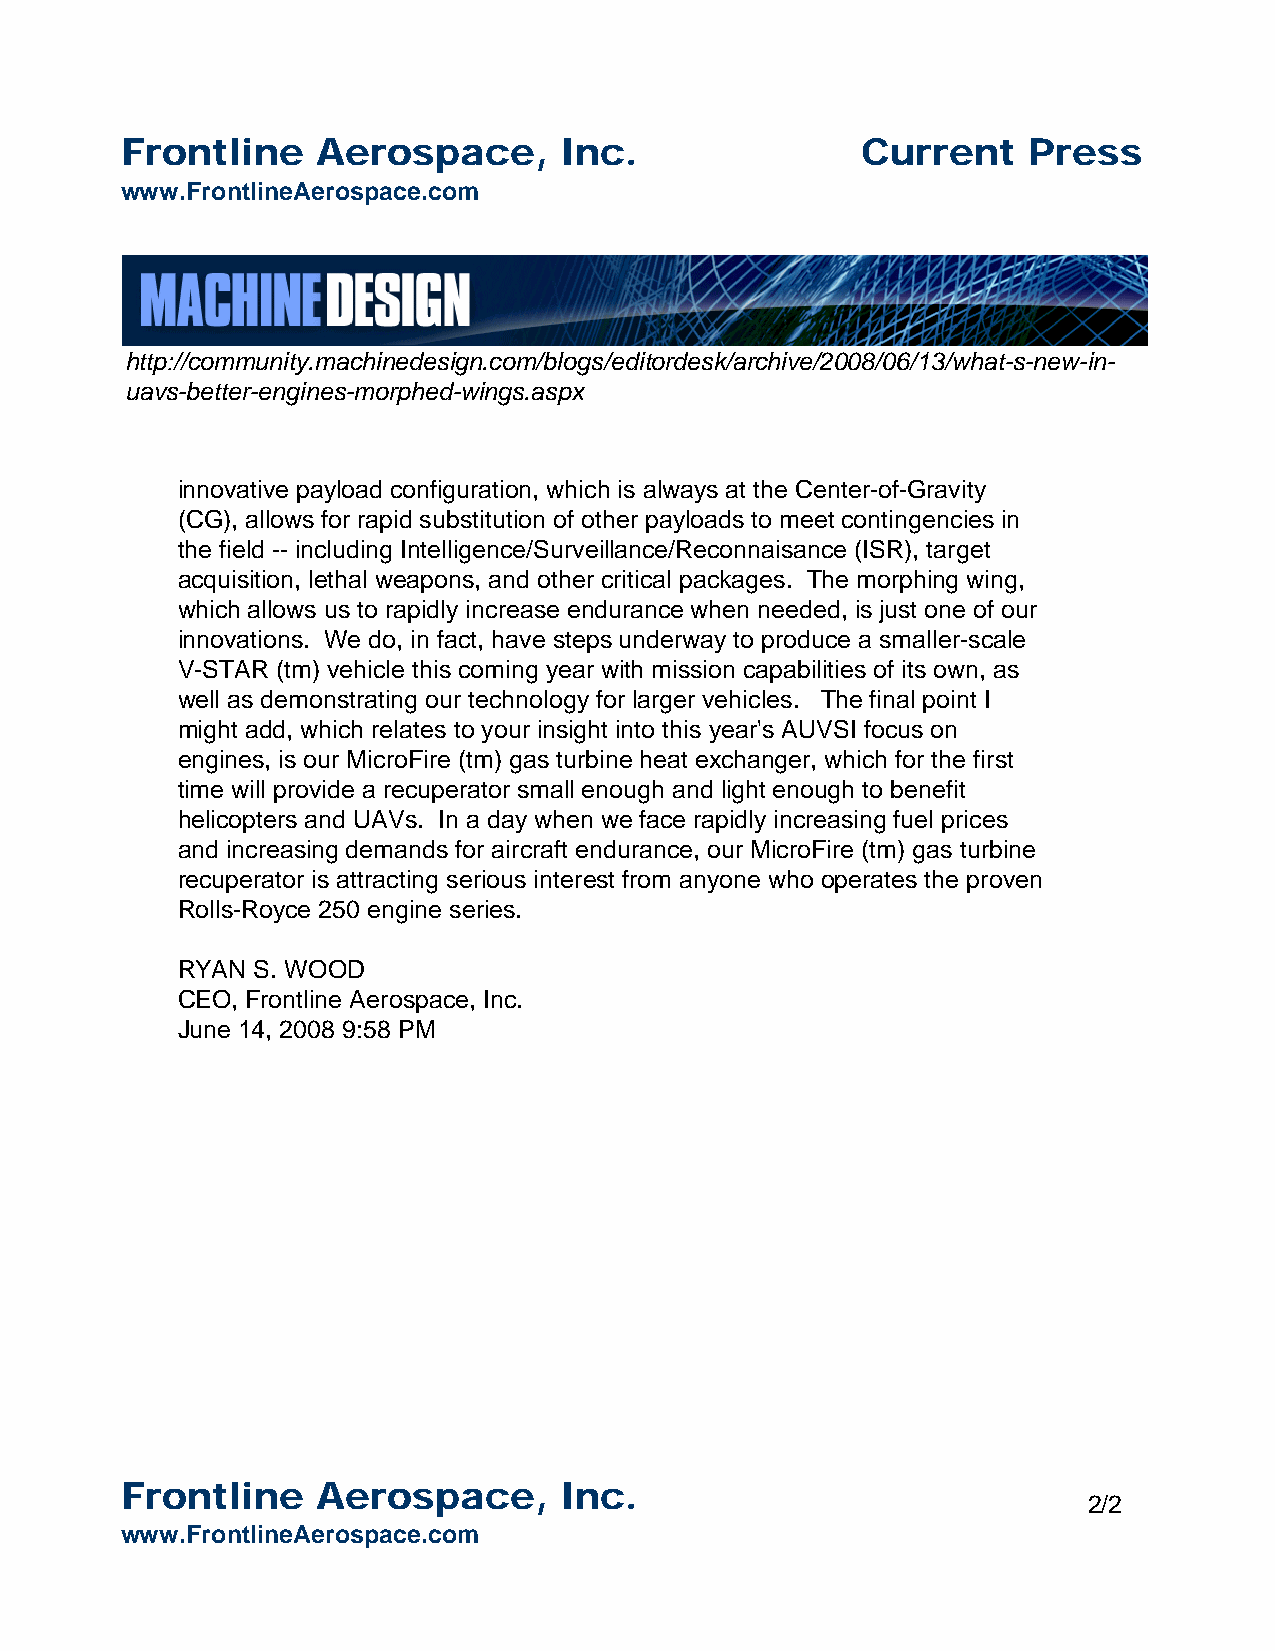
Frontline    Aerospace,      Inc.                Current    Press
 www.FrontlineAerospace.com
 http://community.machinedesign.com/blogs/editordesk/archive/2008/06/13/what-s-new-in-
 uavs-better-engines-morphed-wings.aspx
 innovative payload configuration, which is always at the Center-of-Gravity
 (CG), allows for rapid substitution of other payloads to meet contingencies in
 the field -- including Intelligence/Surveillance/Reconnaisance (ISR), target
 acquisition, lethal weapons, and other critical packages. The morphing wing,
 which allows us to rapidly increase endurance when needed, is just one of our
 innovations. We do, in fact, have steps underway to produce a smaller-scale
 V-STAR (tm) vehicle this coming year with mission capabilities of its own, as
 well as demonstrating our technology for larger vehicles. The final point I
 might add, which relates to your insight into this year's AUVSI focus on
 engines, is our MicroFire (tm) gas turbine heat exchanger, which for the first
 time will provide a recuperator small enough and light enough to benefit
 helicopters and UAVs. In a day when we face rapidly increasing fuel prices
 and increasing demands for aircraft endurance, our MicroFire (tm) gas turbine
 recuperator is attracting serious interest from anyone who operates the proven
 Rolls-Royce 250 engine series.
 RYAN S. WOOD
 CEO, Frontline Aerospace, Inc.
 June 14, 2008 9:58 PM
 Frontline    Aerospace,      Inc.
 2/2
 www.FrontlineAerospace.com